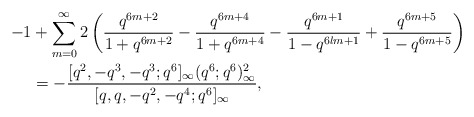
\begin{align*}-1&+\sum_{m=0}^\infty2\left(\frac{ q^{6m+2}}{1+q^{6m+2}}-\frac{ q^{6m+4}}{1+q^{6m+4}}-\frac{ q^{6m+1}}{1-q^{6lm+1}}+\frac{ q^{6m+5}}{1-q^{6m+5}}\right) \\& =-\frac{[q^{2},-q^3,-q^3;q^6]_\infty(q^6;q^6)^2_\infty}{[q,q,-q^2,-q^4;q^6]_\infty},\end{align*}